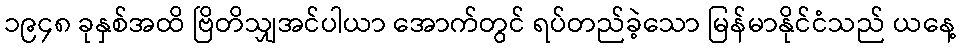
၁၉၄၈ ခုနှစ်အထိ ဗြိတိသျှအင်ပါယာ အောက်တွင် ရပ်တည်ခဲ့သော မြန်မာနိုင်ငံသည် ယနေ့